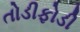
તોડીફોડી